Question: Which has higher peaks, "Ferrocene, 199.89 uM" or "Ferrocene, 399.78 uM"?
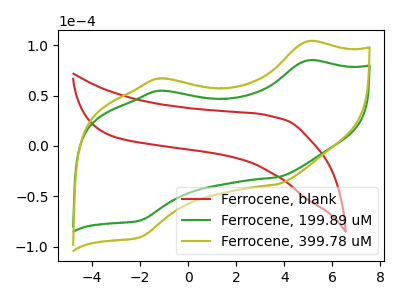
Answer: <think>The red curve "Ferrocene, blank" has no peaks. The green curve "Ferrocene, 199.89 uM" has anodic peaks at (4.95V, 84.70uA) (-1.25V, 54.65uA) and cathodic peaks at (3.75V, -31.10uA) (-2.00V, -74.10uA). The olive curve "Ferrocene, 399.78 uM" has anodic peaks at (4.95V, 103.70uA) (-1.25V, 66.85uA) and cathodic peaks at (3.75V, -38.05uA) (-2.00V, -90.70uA).</think>
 <answer>Every peak in "Ferrocene, 199.89 uM" is lower than every peak in "Ferrocene, 399.78 uM".</answer>
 <eval>lower</eval>